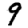
Digit: 9